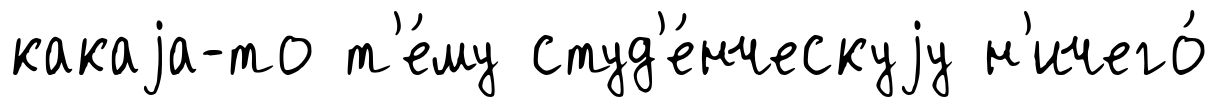
какаjа-то т'е́му студ'е́нческуjу н'ичего́